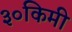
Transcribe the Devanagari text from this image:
३०किमी